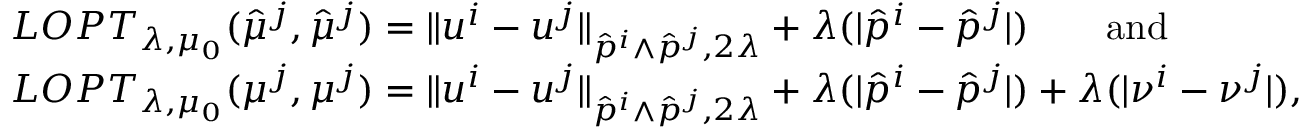
\begin{array} { r l } & { L O P T _ { \lambda , \mu _ { 0 } } ( \hat { \mu } ^ { j } , \hat { \mu } ^ { j } ) = \| u ^ { i } - u ^ { j } \| _ { \hat { p } ^ { i } \wedge \hat { p } ^ { j } , 2 \lambda } + \lambda ( | \hat { p } ^ { i } - \hat { p } ^ { j } | ) \qquad \mathrm { a n d } } \\ & { L O P T _ { \lambda , \mu _ { 0 } } ( \mu ^ { j } , \mu ^ { j } ) = \| u ^ { i } - u ^ { j } \| _ { \hat { p } ^ { i } \wedge \hat { p } ^ { j } , 2 \lambda } + \lambda ( | \hat { p } ^ { i } - \hat { p } ^ { j } | ) + \lambda ( | \nu ^ { i } - \nu ^ { j } | ) , } \end{array}